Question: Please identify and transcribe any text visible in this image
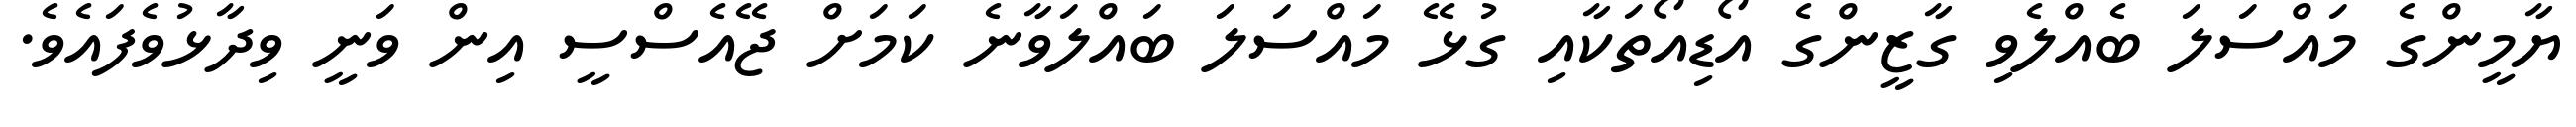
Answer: ޔާމީންގެ މައްސަލަ ބެއްލެވި ގާޒީންގެ އޯޑިއޯތަކާއި ގުޅޭ މައްސަލަ ބައްލަވާނެ ކަމަށް ޖޭއެސްސީ އިން ވަނީ ވިދާޅުވެފައެވެ.